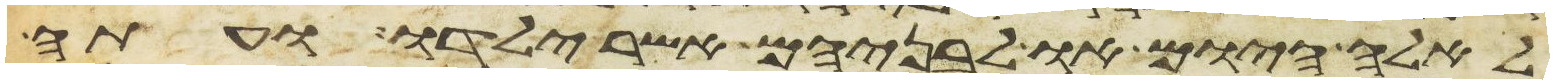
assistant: לאלה היום או לבניהם אשר ילדו ועתה